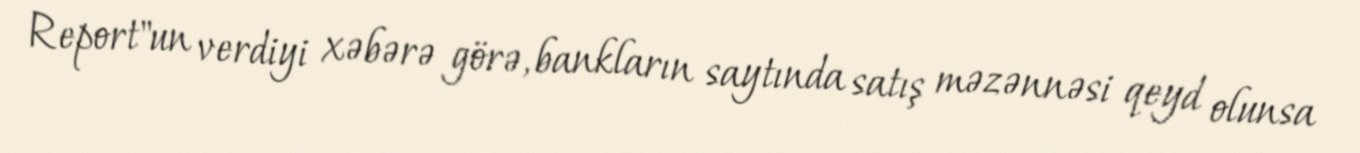
Report"un verdiyi xəbərə görə, bankların saytında satış məzənnəsi qeyd olunsa